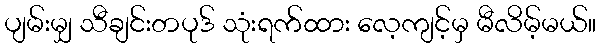
ပျမ်းမျှ သီချင်းတပုဒ် သုံးရက်ထား လေ့ကျင့်မှ မီလိမ့်မယ်။